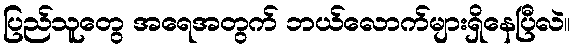
ပြည်သူတွေ အရေအတွက် ဘယ်လောက်များရှိနေပြီလဲ။